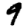
Digit: 9